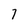
Character: 7